Annual report of the Punjab Veterinary College and of the Civil Veterinary Department, Punjab - 1909-1919
Year: 1909
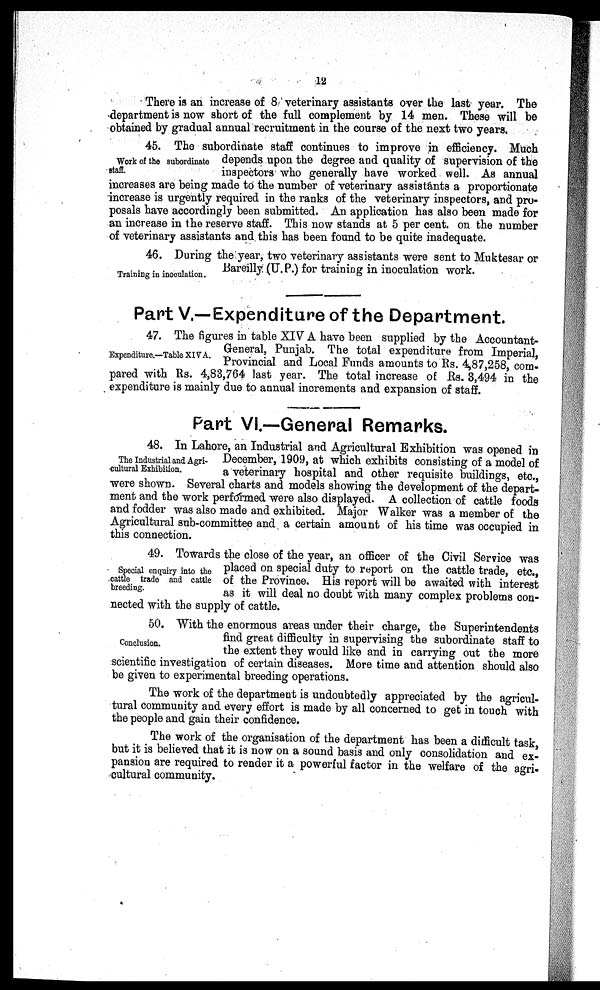
12
There is an increase of 8 veterinary assistants over the last year. The
department is now short of the full complement by 14 men. These will be
obtained by gradual annual recruitment in the course of the next two years.
Work of the subordinate
staff.
45. The subordinate staff continues to improve in efficiency. Much
depends upon the degree and quality of supervision of the
inspectors who generally have worked well. As annual
increases are being made to the number of veterinary assistants a proportionate
increase is urgently required in the ranks of the veterinary inspectors, and pro-
posals have accordingly been submitted. An application has also been made for
an increase in the reserve staff. This now stands at 5 per cent. on the number
of veterinary assistants and this has been found to be quite inadequate.
Training in inoculation.
46. During the year, two veterinary assistants were sent to Muktesar or
Bareilly (U. P.) for training in inoculation work.
Part V.—Expenditure of the Department.
Expenditure.—Table XIVA.
47. The figures in table XIV A have been supplied by the Accountant-
General, Punjab. The total expenditure from Imperial,
Provincial and Local Funds amounts to Rs. 4,87,258, com-
pared with Rs. 4,83,764 last year. The total increase of Rs. 3,494 in the
expenditure is mainly due to annual increments and expansion of staff.
Part VI.—General Remarks.
The Industrial and Agri-
cultural Exhibition.
48. In Lahore, an Industrial and Agricultural Exhibition was opened in
December, 1909, at which exhibits consisting of a model of
a veterinary hospital and other requisite buildings, etc.,
were shown. Several charts and models showing the development of the depart-
ment and the work performed were also displayed. A collection of cattle foods
and fodder was also made and exhibited. Major Walker was a member of the
Agricultural sub-committee and a certain amount of his time was occupied in
this connection.
Special enquiry into the
cattle trade and cattle
breeding.
49. Towards the close of the year, an officer of the Civil Service was
placed on special duty to report on the cattle trade, etc.,
of the Province. His report will be awaited with interest
as it will deal no doubt with many complex problems con-
nected with the supply of cattle.
Conclusion.
50. With the enormous areas under their charge, the Superintendents
find great difficulty in supervising the subordinate staff to
the extent they would like and in carrying out the more
scientific investigation of certain diseases. More time and attention should also
be given to experimental breeding operations.
The work of the department is undoubtedly appreciated by the agricul-
tural community and every effort is made by all concerned to get in touch with
the people and gain their confidence.
The work of the organisation of the department has been a difficult task,
but it is believed that it is now on a sound basis and only consolidation and ex-
pansion are required to render it a powerful factor in the welfare of the agri¬
cultural community.